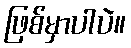
ဖြစ်မှာပါပဲ။